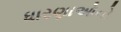
ધારણાઓનો